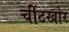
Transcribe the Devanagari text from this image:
चींटखोर